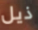
ذيل